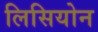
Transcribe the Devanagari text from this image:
लिसियोन